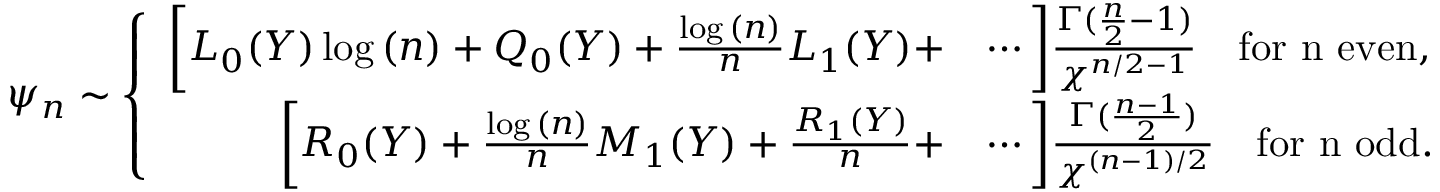
\psi _ { n } \sim \left\{ \begin{array} { r l } { \bigg [ L _ { 0 } ( Y ) \log { ( n ) } + Q _ { 0 } ( Y ) + \frac { \log { ( n ) } } { n } L _ { 1 } ( Y ) + } & { \cdots \bigg ] \frac { \Gamma ( \frac { n } { 2 } - 1 ) } { \chi ^ { n / 2 - 1 } } \quad \mathrm { f o r ~ n ~ e v e n } , } \\ { \bigg [ R _ { 0 } ( Y ) + \frac { \log { ( n ) } } { n } M _ { 1 } ( Y ) + \frac { R _ { 1 } ( Y ) } { n } + } & { \cdots \bigg ] \frac { \Gamma ( \frac { n - 1 } { 2 } ) } { \chi ^ { ( n - 1 ) / 2 } } \quad \mathrm { f o r ~ n ~ o d d } . } \end{array} \right.